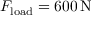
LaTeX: F _ { \mathrm { l o a d } } = 6 0 0 \, \mathrm { N }